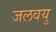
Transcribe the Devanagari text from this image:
जलवयु